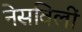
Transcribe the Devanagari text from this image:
नेसविलीं